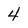
Character: 4